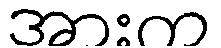
အားက